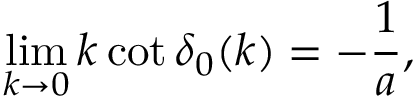
\operatorname* { l i m } _ { k \to 0 } k \cot \delta _ { 0 } ( k ) = - \frac { 1 } { a } ,